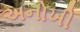
અનોખી